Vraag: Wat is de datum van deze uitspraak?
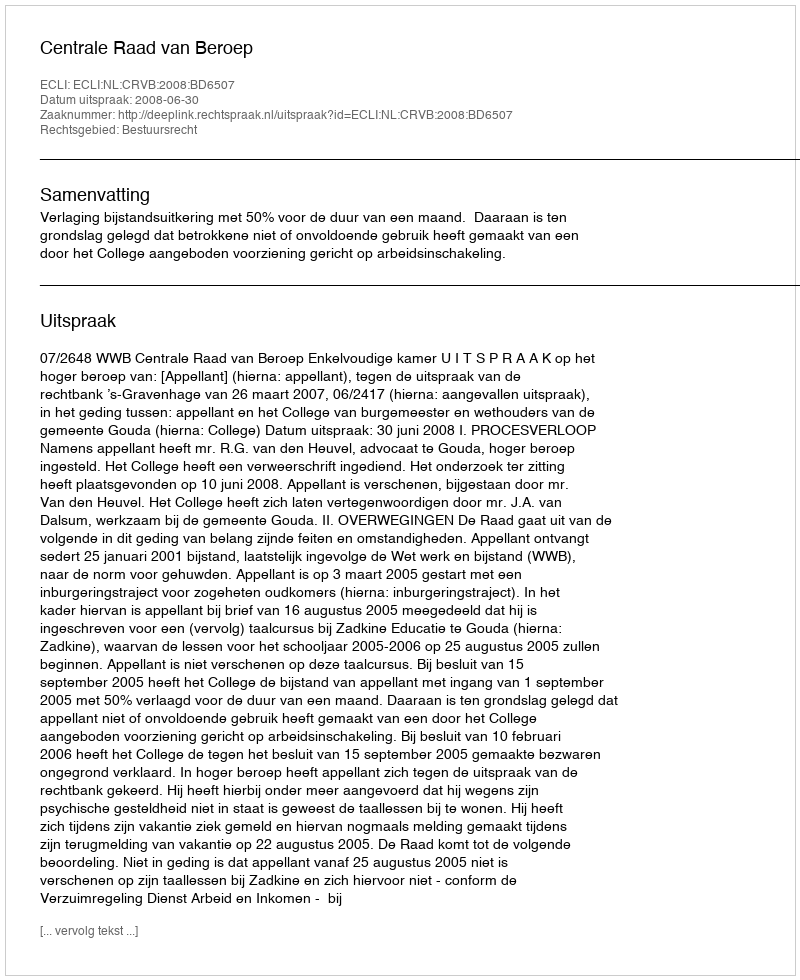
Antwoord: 2008-06-30